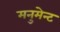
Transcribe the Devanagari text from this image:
मनुमेन्ट